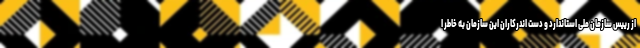
از رییس سازمان ملی استاندارد و دست اندرکاران این سازمان به خاطر ا